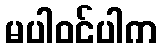
မပါဝင်ပါက